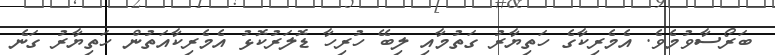
ބަރޯސާވުމެވެ. އެމެރިކާގެ ހަތިޔާރު ގަތުމާއި ލިބޭ ހުރިހާ ޑޮލަރުކޮޅު އެމެރިކާއަތުން ހަތިޔާރު ގަނެ